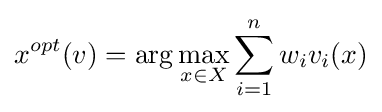
x^{opt}(v)=\arg \max _{x\in X}\sum _{i=1}^{n}w_{i}v_{i}(x)